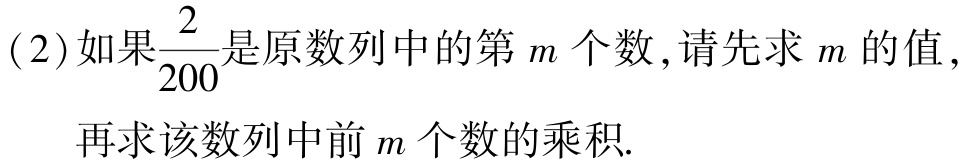
(2)如果$\frac{2}{200}$是原数列中的第$m$个数,请先求$m$的值,
  再求该数列中前$m$个数的乘积.